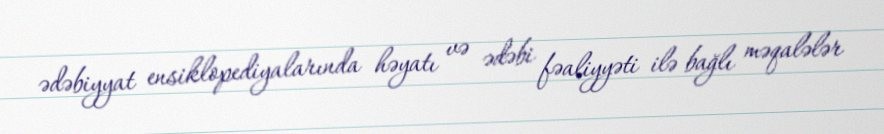
ədəbiyyat ensiklopediyalarında həyatı və ədəbi fəaliyyəti ilə bağlı məqalələr